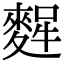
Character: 𪌸